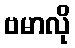
ဗမာလို